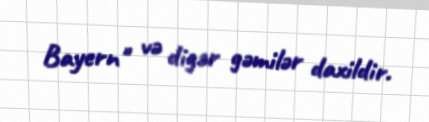
Bayern" və digər gəmilər daxildir.